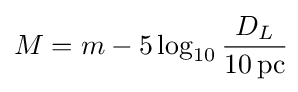
M=m-5\log _{10}{\frac {D_{L}}{10\,{\text{pc}}}}\!